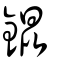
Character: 錕